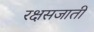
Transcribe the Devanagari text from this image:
रक्षसजाती